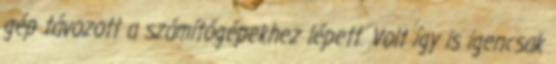
gép távozott a számítógépekhez lépett. Volt így is igencsak